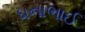
ધનાભાઈ